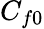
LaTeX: C_{f0}